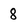
Character: 8